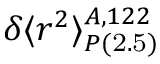
\delta \langle r ^ { 2 } \rangle _ { P \mathrm { ( 2 . 5 ) } } ^ { A , 1 2 2 }